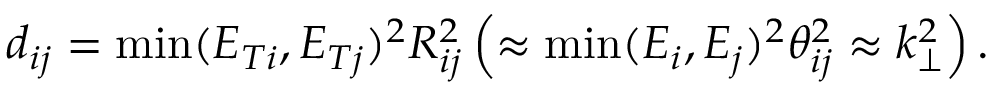
d _ { i j } = \operatorname * { m i n } ( E _ { T i } , E _ { T j } ) ^ { 2 } R _ { i j } ^ { 2 } \left( \approx \operatorname * { m i n } ( E _ { i } , E _ { j } ) ^ { 2 } \theta _ { i j } ^ { 2 } \approx k _ { \perp } ^ { 2 } \right) .